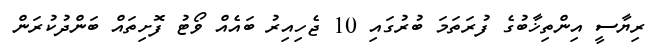
ރިޔާސީ އިންތިޚާބުގެ ފުރަތަމަ ބުރުގައި 10 ޖެހިއިރު ބައެއް ވޯޓު ފޮށިތައް ބަންދުކުރަން